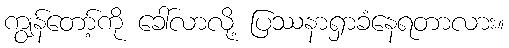
ကျွန်တော့်ကို ခေါ်လာလို့ ပြဿနာရှာခံနေရတာလား။